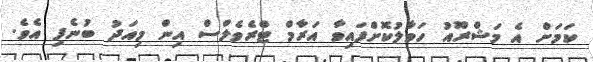
ކަމަށް އެ މަޝްރޫއު ހަވާލުކޮށްފައިވާ އަރާމް ޓްރެވެލްސް އިން މިއަދު ބުނެފި އެވެ.